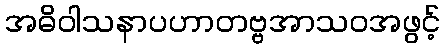
အဓိဝါသနာပဟာတဗ္ဗအာသဝအဖွင့်